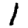
Digit: 1